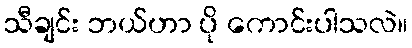
သီချင်း ဘယ်ဟာ ပို ကောင်းပါသလဲ။